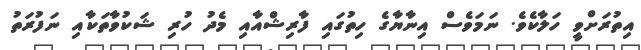
އިތުރަށްވީ ހަލާކެވެ. ނަމަވެސް އިނާޔާގެ ހިތުގައި ފާރިޝްއާއި މެދު ހުރި ޝަކުވާތަކާއި ނަފުރަތު